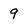
Character: 9